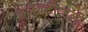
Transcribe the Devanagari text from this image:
सलेक्टीव्हली